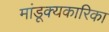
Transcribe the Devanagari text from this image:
मांडूक्यकारिका